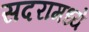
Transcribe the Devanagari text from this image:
सदरामध्ये